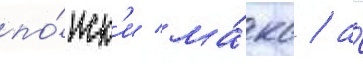
по́иск'и ма́кс / а́